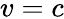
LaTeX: v=c